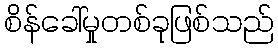
စိန်ခေါ်မှုတစ်ခုဖြစ်သည်